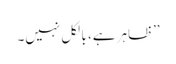
’’ظاہر ہے، بالکل نہیں۔